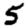
Digit: 5